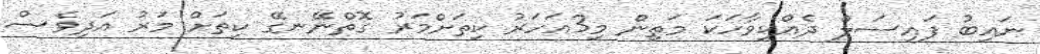
ނައިބު ފައިސަލް ދެއްކިވާހަކަ މަތިން މި3އަހަރު ކިތަށްމަރު ގޮތްނޭނގޭ ކިތަށް މަރު އަދިވެސް